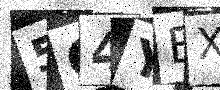
Text: 5O4YBX